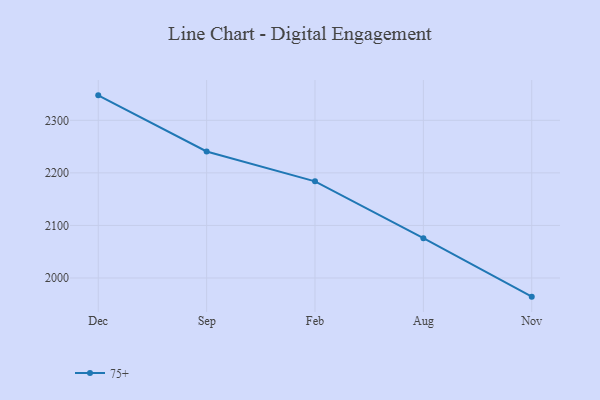
{"axis": {"x": "Month", "y": "Temperature (°C)"}, "legend": ["75+"], "data": [{"x": "Dec", "y": 2347.5, "type": "75+"}, {"x": "Sep", "y": 2240.7, "type": "75+"}, {"x": "Feb", "y": 2183.9, "type": "75+"}, {"x": "Aug", "y": 2075.7, "type": "75+"}, {"x": "Nov", "y": 1964.5, "type": "75+"}]}